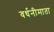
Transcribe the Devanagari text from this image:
वर्धनीमाता